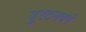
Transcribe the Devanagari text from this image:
बुरटनवर्ग